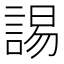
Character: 𧩎